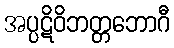
အပ္ပဋိဝိဘတ္တဘောဂီ